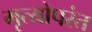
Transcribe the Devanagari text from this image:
मृत्योपरंत